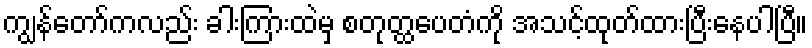
ကျွန်တော်ကလည်း ခါးကြားထဲမှ စတုတ္ထပေတံကို အသင့်ထုတ်ထားပြီးနေပါပြီ။